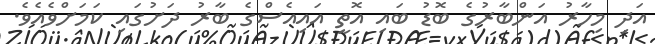
އަދި މިހާރު އަންބާރުގެ ބޮޑު ބައި އޮތީ އައިއެސްގެ ބާރު ދަށުގައި ކަމަށްވެއެވެ.